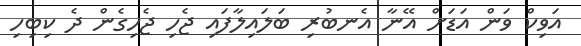
އަވިކް ވަން އަޑަށް އޭނާ އެނބުރި ބަލައިލާފައި ޖެހި ޖެހިގެން ދެ ކިބިހި